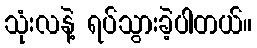
သုံးလနဲ့ ရပ်သွားခဲ့ပါတယ်။